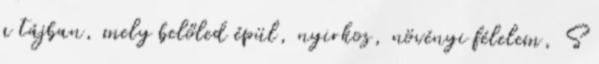
a tájban, mely belőled épül, nyirkos, növényi félelem, S